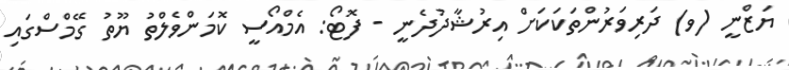
ޔަޒްނީ (ވ) ދަރިވަރުންތަކަކަށް އިރުޝާދުދެނީ - ފޮޓޯ: އެމްއޯސީ ކޮމަންވެލްތު ޔޫތު ގޭމްސްގައި